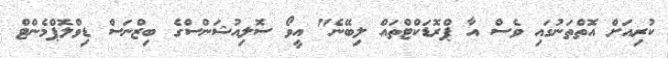
ކުރިއަށް އޮތްތަނުގައި ވެސް އާ ޕްރޮޑަކްޓްތައް ލިބޭނެ" އީވޯ ސޮލިއުޝަންސްގެ ބިޒްނަސް ޑިވްލޮޕްމެންޓް